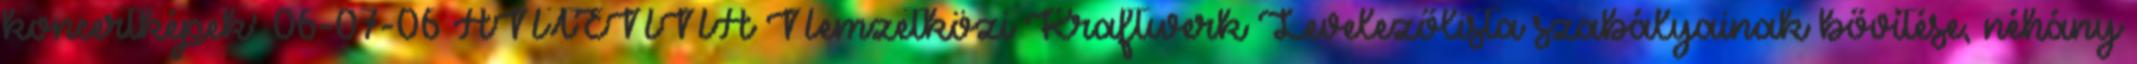
koncertképek' 06-07-06 ANTENNA Nemzetközi Kraftwerk Levelezőlista szabályainak bővítése, néhány